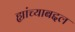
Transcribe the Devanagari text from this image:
ह्यांच्याबद्दल